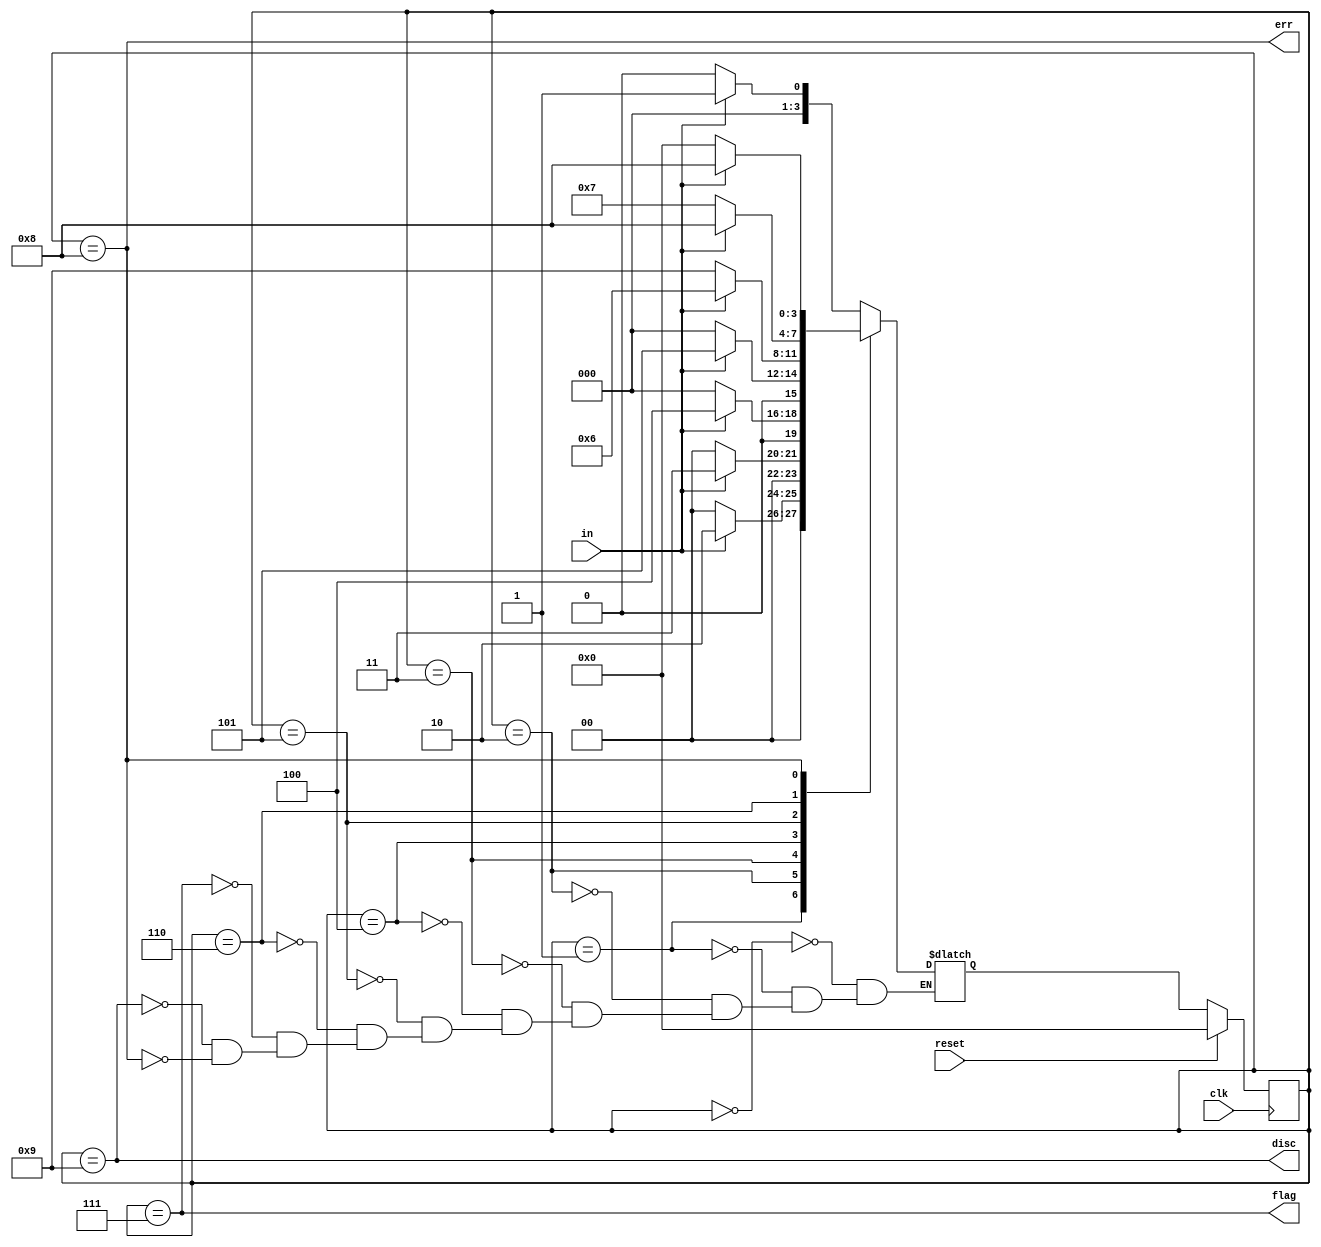
module top_module(
    input clk,
    input reset,    // Synchronous reset
    input in,
    output disc,
    output flag,
    output err);
    
    parameter zero= 0,one=1,two=2,thr=3,four=4,five=5,six=6,fg=7,er =8,dis= 9;
    reg [3:0] state, next_state;
    
    always @(posedge clk)begin
        if(reset)
            state <= zero;
        else
            state <= next_state ;
            
    end
    
    always @(*)begin
        case(state)
            zero: next_state =in ? one: zero ;
            one: next_state =in ? two: zero ;
            two: next_state =in ? thr: zero ;
            thr: next_state =in ? four: zero ;
            four: next_state =in ? five: zero ;
            five: next_state =in ? six: dis ;
            six: next_state =in ? er: fg ;
            fg: next_state =in ? one: zero ;
            dis: next_state =in ? one: zero ;
            er: next_state =in ? er: zero ;
        endcase
    end
    
    assign flag = (state == fg);
    assign disc = (state == dis);
    assign err = (state == er);

endmodule